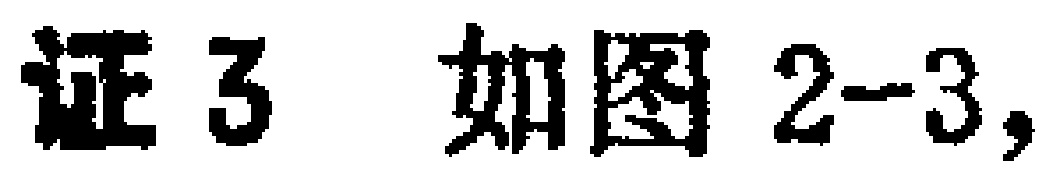
证3 如图2-3,